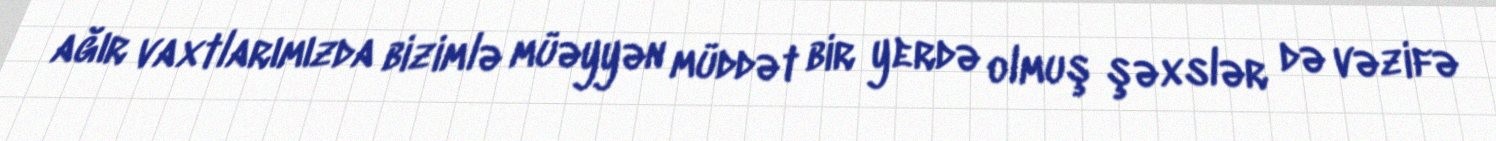
ağır vaxtlarımızda bizimlə müəyyən müddət bir yerdə olmuş şəxslər də vəzifə